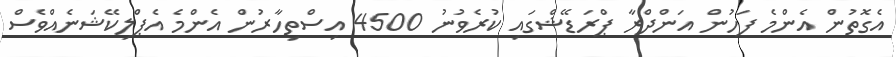
އެގޮތުން އެންމެ ފަހުން އަންދްރާ ޕްރަޑޭޝްގައި ކުރެވުނު 4500 އިސްތިހާރުން އެންމެ އެޕްލިކޭޝަނެއްވެސް